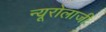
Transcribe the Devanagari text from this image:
न्यूरोलाजी